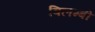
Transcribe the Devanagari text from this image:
विलम्बी